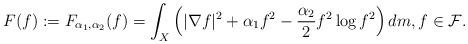
LaTeX: \begin{align*} F(f):=F_{\alpha_1,\alpha_2}(f) = \int_{X}\left(|\nabla f|^2 + \alpha_1 f^2 - \frac{\alpha_2}{2} f^2\log f^2\right) dm, f\in \mathcal{F}. \end{align*}